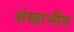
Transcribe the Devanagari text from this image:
शंखाभीय